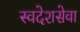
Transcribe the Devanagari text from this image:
स्वदेशसेवा